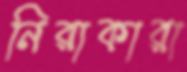
নিরাকারা